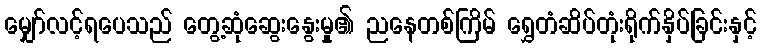
မျှော်လင့်ရပေသည် တွေ့ဆုံဆွေးနွေးမှု၏ ညနေတစ်ကြိမ် ရွှေတံဆိပ်တုံးရိုက်နှိပ်ခြင်းနှင့်